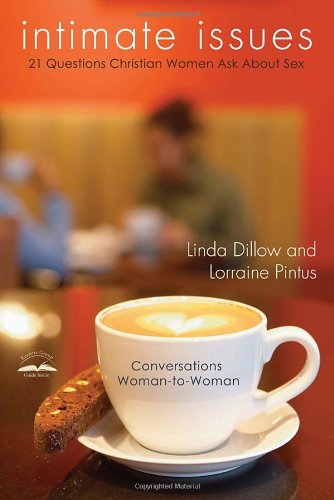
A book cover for Intimate Issues: Twenty-One Questions Christian Women Ask About Sex; Linda Dillow; Health, Fitness & Dieting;